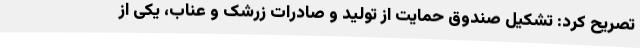
تصریح کرد: تشکیل صندوق حمایت از تولید و صادرات زرشک و عناب، یکی از